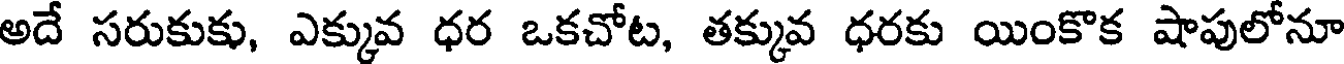
అదే సరుకుకు, ఎక్కువ ధర ఒకచోట, తక్కువ ధరకు యింకొక షాపులోనూ